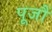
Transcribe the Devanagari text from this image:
पूजौं